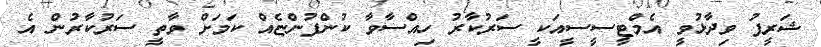
ޝަރީފު ވިދާޅުވީ އެމްޓީސީސީއަކީ ސަރުކާރު ހިއްސާވާ ކުންފުންޏެއް ކަމަށް ވާތީ ސަރުކާރުން އެ